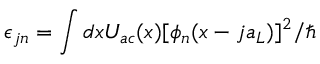
\epsilon _ { j n } = \int d x U _ { a c } ( x ) [ \phi _ { n } ( x - j a _ { L } ) ] ^ { 2 } / \hbar